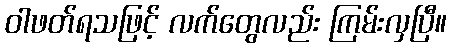
ဝါဖတ်ရသဖြင့် လက်တွေလည်း ကြမ်းလှပြီ။